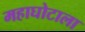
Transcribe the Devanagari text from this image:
महाघोटाला